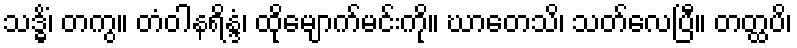
သဒ္ဓိံ၊ တကွ။ တံဝါနရိန္ဒံ၊ ထိုမျောက်မင်းကို။ ဃာတေသိ၊ သတ်လေပြီ။ တတ္ထပိ၊